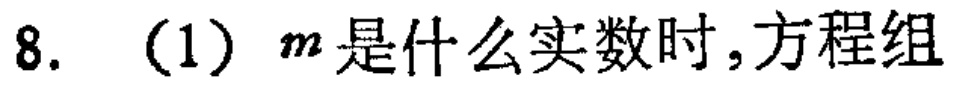
8. （1）$m$是什么实数时，方程组